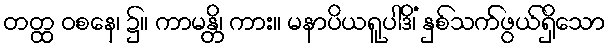
တတ္ထ ဝစနေ၊ ၌။ ကာမန္တိ၊ ကား။ မနာပိယရူပါဒိံ၊ နှစ်သက်ဖွယ်ရှိသော